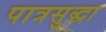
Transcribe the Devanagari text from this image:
पात्रसुद्धा